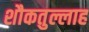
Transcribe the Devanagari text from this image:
शौकतुल्लाह